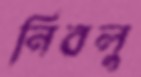
নিবলু